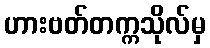
ဟားဗတ်တက္ကသိုလ်မှ